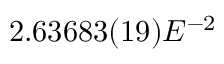
2 . 6 3 6 8 3 ( 1 9 ) E ^ { - 2 }